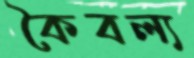
কৈবল্য